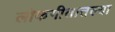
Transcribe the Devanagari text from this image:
लोकगीतातल्या